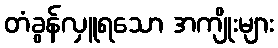
တံခွန်လှူရသော အကျိုးများ